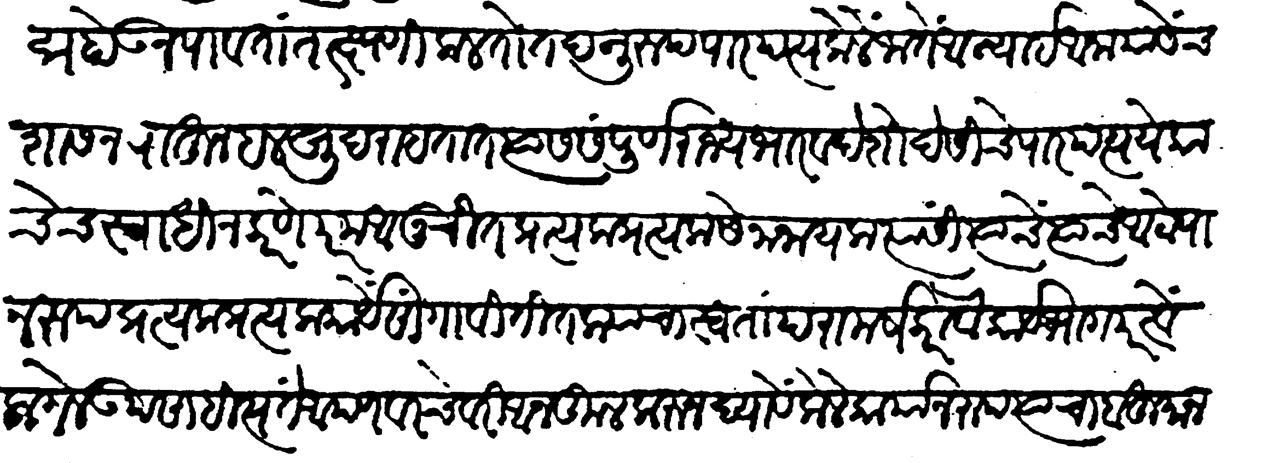
Transliteration (Devanagari): छद्म होऊं न पावतां तत्क्षणीं कळतो तदनुरुप पारपत्य केलें जातें अन्यायी आनायासेंच शासन पाऊन हलखुद राहतात त्यास संपूर्ण राज्यभार व देशोदेशींचे पारपत्य येकाचेच स्वाधीन करणें परम आनुचित प्रत्यक प्रत्यक सेनानायक त्यांसी त्यांचे त्यांचे आटोपानरूप प्रत्यक प्रत्यक कार्ये सांगावीं तितक्यांचा स्वतां परामर्ष करावा कार्यभागपरत्वें लागलें उपसाहित्य तें आपण वरचेवरी आनकूल करून द्यावें केले कार्यानुरुप त्याचा बहुमान